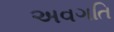
અવગતિ